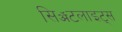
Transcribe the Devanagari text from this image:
सिॲटलाइट्स